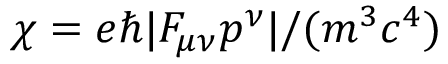
\chi = e \hbar | F _ { \mu \nu } p ^ { \nu } | / ( m ^ { 3 } c ^ { 4 } )